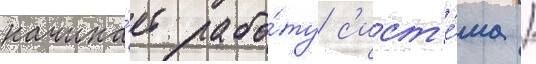
начина́ет рабо́ту с'ист'е́ма /